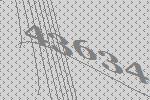
43634